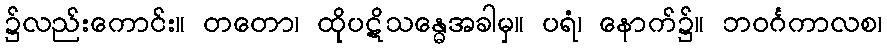
၌လည်းကောင်း။ တတော၊ ထိုပဋိသန္ဓေအခါမှ။ ပရံ၊ နောက်၌။ ဘဝင်္ဂကာလစ၊